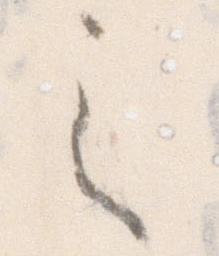
之